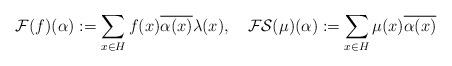
LaTeX: \begin{align*} \mathcal{F}(f)(\alpha) :=\sum_{x\in H} f(x) \overline{\alpha(x)}\lambda(x), \ \ \ \mathcal{FS}(\mu)(\alpha):= \sum_{x\in H} \mu(x) \overline{\alpha(x)} \end{align*}